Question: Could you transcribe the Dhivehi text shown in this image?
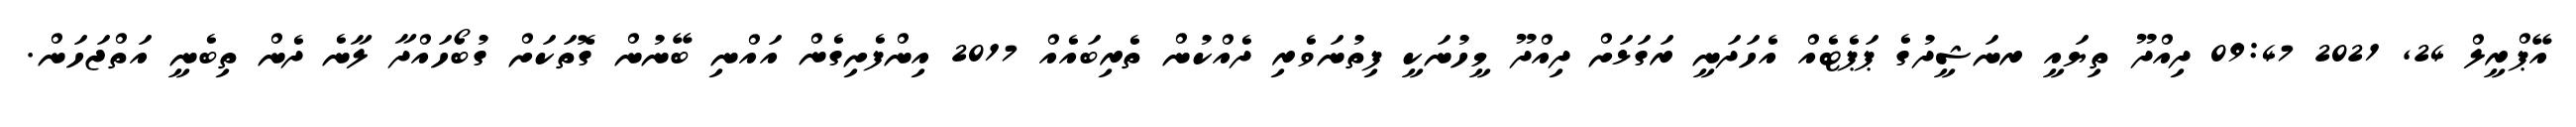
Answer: އޭޕްރީލް 24, 2021 09:47 ދިއްދޫ ތިޔައީ ރނަޝީދުގެ ޕަޕެޓެއް އެހަދަނީ ރަގަޅަށް ދިއްދޫ މީހުނަކީ ފިތުނަވެރި ދެއްކުން ތެރިބައެއް 2017 އިންފެށިގެން އައްނި ބޭނުން ގޮތަކަށް ގުބޯހައްދާ ލާނެ ދެން ތިބެނީ އަތްޖަހަން.